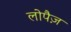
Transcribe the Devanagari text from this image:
लोपैज़